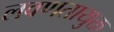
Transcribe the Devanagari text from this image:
लवणतायुक्त